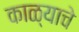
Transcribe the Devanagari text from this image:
काळ्याचे